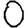
Digit: 0